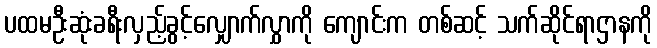
ပထမဦးဆုံးခရီးလှည့်ခွင့်လျှောက်လွှာကို ကျောင်းက တစ်ဆင့် သက်ဆိုင်ရာဌာနကို